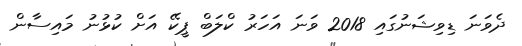
ދެވަނަ ޑިވިޝަނުގައި 2018 ވަނަ އަހަރު ކްލަބް ޕީކޭ އަށް ކުޅުނު މައިސާން